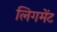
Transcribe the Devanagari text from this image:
लिगमेंट